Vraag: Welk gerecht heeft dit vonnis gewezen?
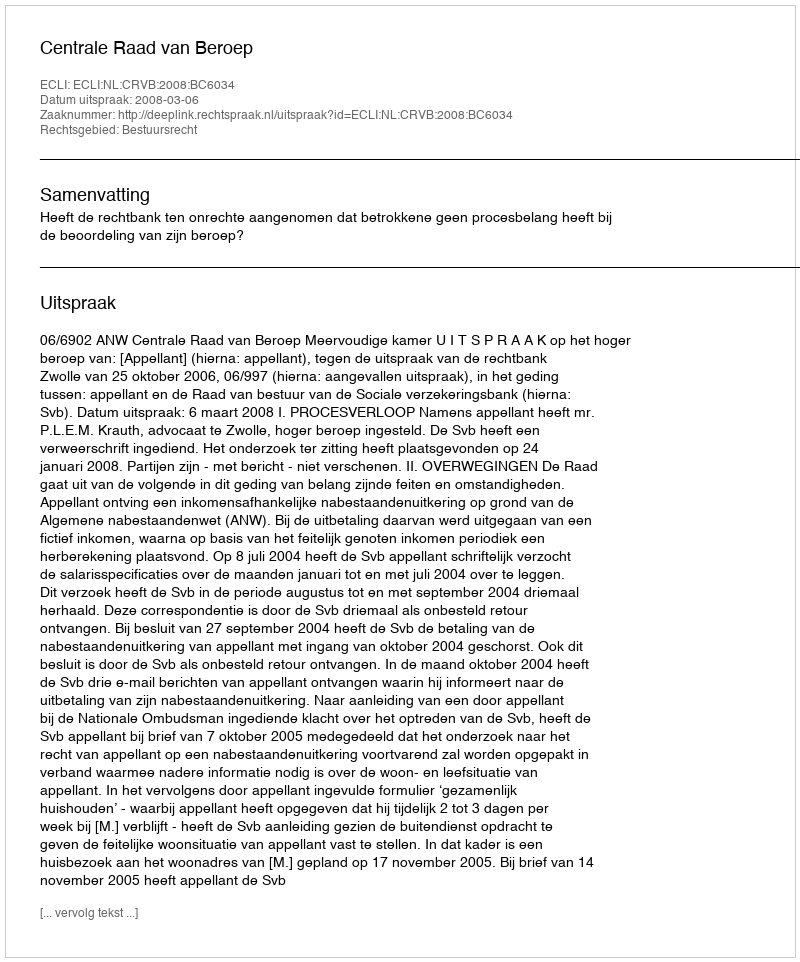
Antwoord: Centrale Raad van Beroep